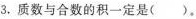
3.质数与合数的积一定是().